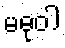
မဓုဝါ